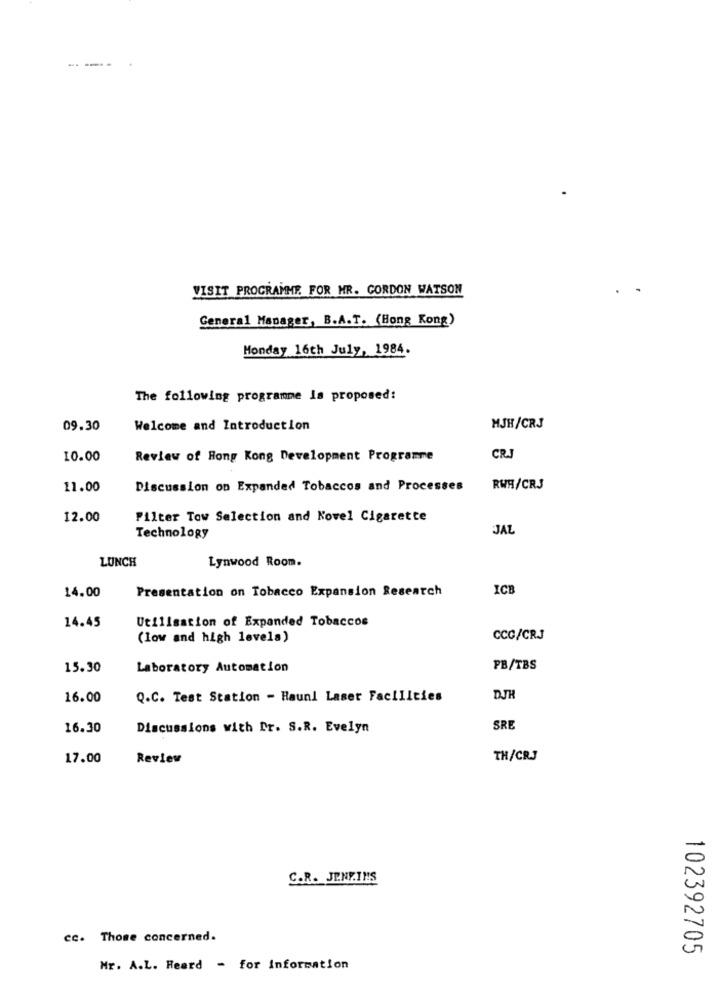
---
VISIT PROGRAMME. FOR MR. GORDON WATSON
General Manager, B.A.T. (Hong Kong)
Monday 16th July, 1984.
The following programme Is proposed:
09.30
Welcome and Introduction
MJH/CRJ
10.00
Review of Hong Kong Development Programme
CRJ
11.00
Discussion on Expanded Tobaccos and Processes
RWH/CR3
12.00
Filter Tow Selection and Kovel Cigarette
JAL
Technology
LUNCH
Lynwood Room.
14.00
Presentation on Tobacco Expansion Research
ICH
14.45
Utilisation of Expanded Tobaccos
(low and high levels)
CCC/CRJ
15.30
Laboratory Automation
PB/TBS
16.00
Q.C. Test Station - Haunl Laser Facilities
DJH
16.30
Discussions with Dr. S.R. Evelyn
SRE
17.00
Review
TH/CRJ
C.R. JENE.INS
cc. Those concerned.
102392705
Mr. A.L. Heard - for Information